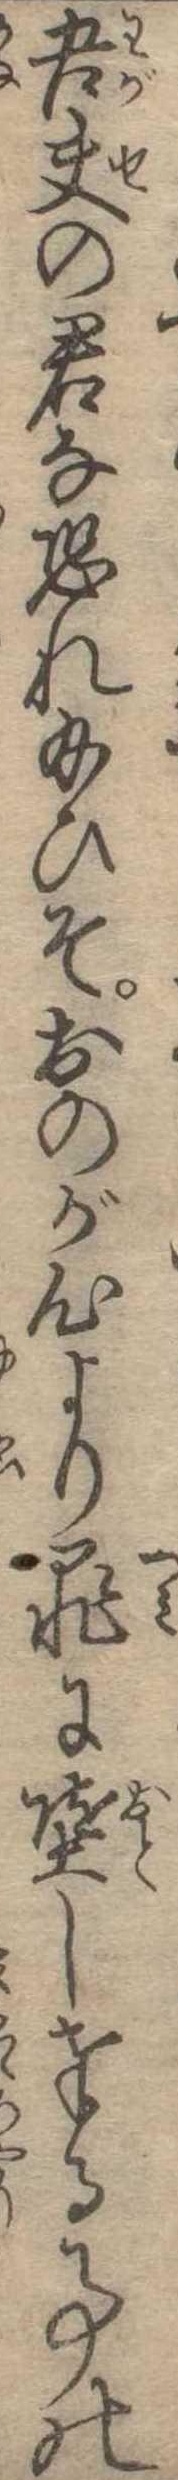
吾夫の君な恐れ給ひそおのが心より罪に堕し奉る事の